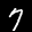
Label: 7